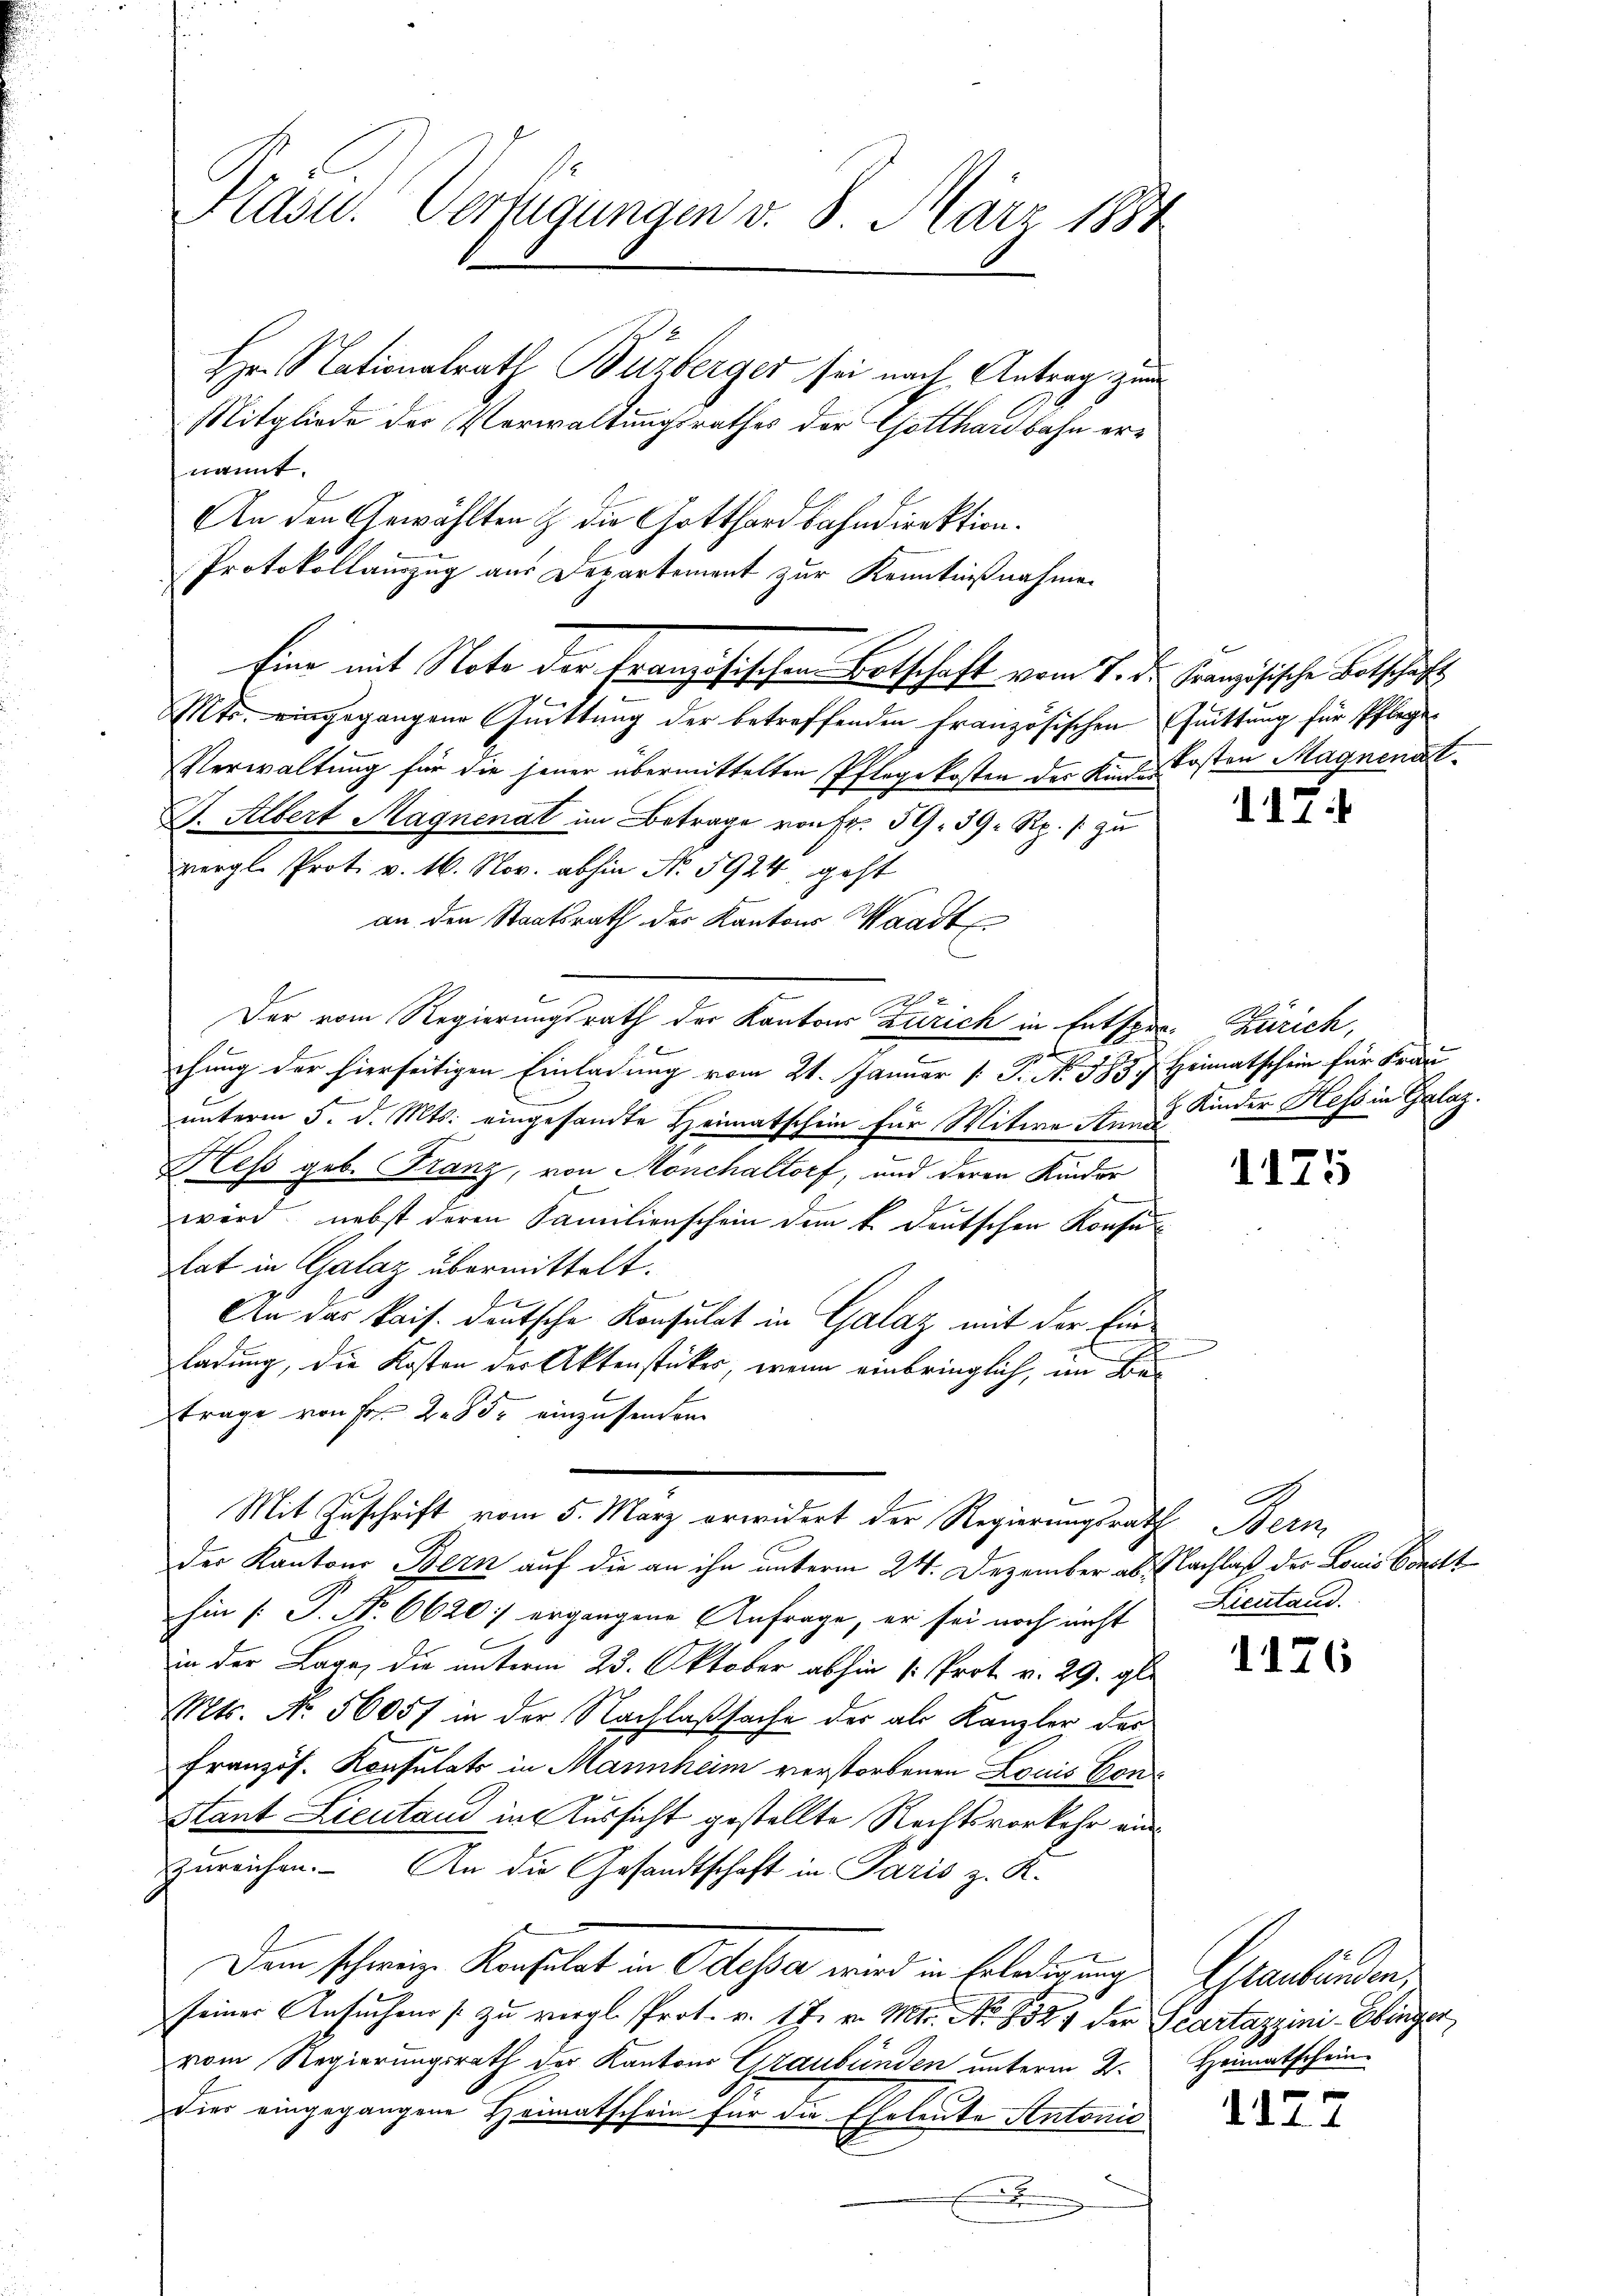
Kasu. Verfügungen v. 8. März 1884

Hr. Nationalrath Büzberger sei nach Antrag zum
Mitgliede der Verwaltungsrathes der Gotthardbahn ernannt.
Mts. eingegangene Quittung der betreffenden französischen
Verwaltung für die jener übermittelten Pflegekosten der Kinde Kosten Magnenst¬
D. Albert Magnenat im Betrage von Fr. 59. 39 Rp. s. zu
vergl. Prot. v. 16. Nov. abhin N. 5924, geht
an den Staatsrath der Kantons Waadt
Der vom Regierungsrath der Kantons Zürich in Entspra- Zürich,
chung der hierseitigen Einladung vom 21. Januar [ P. No. 583. Heimatschein für Frau
unterm 5. d. Mts. eingesandte Heimatschein für Witwe Anm. 2 Kinder Hess in Galaz.
Hess geb. Franz, von Mönchaltorf, und deren Kinder
wird, nebst deren Familienschein dem k. deutschen Konsu
lat in Galaz übermittelt.
An das kais. deutsche Konsulat in Galaz mit der Einladung, die Kosten der Aktenstücker, wenn einbringlich, im Betrage von Fr. 285 einzusenden
Mit Zuschrift vom 5. März erwidert der Regierungsrath Bern,
der Kantons Bern auf die an ihn unterm 24. Dezember ab. Nachlaß der Louis Conclt
hin [P. Nr. 6620 ergangene Anfrage, er sei noch nicht
2
in der Lage, die unterm 23. Oktober abhin (: Prot. v. 29. gl.
Mts. No. 5605f in der Nachlaßsache der als Kanzler der
Französ. Konsulats in Mannheim verstorbenen Louis Con¬
Stant Lieutand in Aussicht gestellte Rechtsvorkehr einzureichen. An die Gesandtschaft in Paris z. K.
Dem schweize Konsulat in Odessa wird in Erledigung
seiner Ansŭchen zŭ vergl. Prot. v. 17. v. Mts. No. 8324 der Scartazzini-Ebinger
vom Regierungsrath der Kantons Graubünden unterm 2.
Dies eingegangene Heimatschein für die Eheleute Antonio
A

An den Gewählten & die Gotthardbahndirektion.
Protokollauszug aus Departement zur Kenntnißnahmen
Eine mit Note der Französischen Botschaft vom 7. Dr. Französische Botschäft
4

Quittung für Pflege

117.

1175

A
Licitand.

1176

Estaubünden,
Heimatschein.

1122